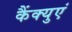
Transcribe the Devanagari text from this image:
कैंक्युएं